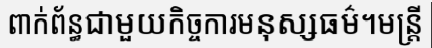
ពាក់ព័ន្ធជាមួយកិច្ចការមនុស្សធម៌។មន្ត្រី